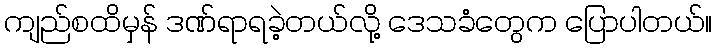
ကျည်စထိမှန် ဒဏ်ရာရခဲ့တယ်လို့ ဒေသခံတွေက ပြောပါတယ်။